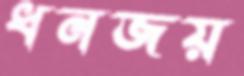
ধনজয়